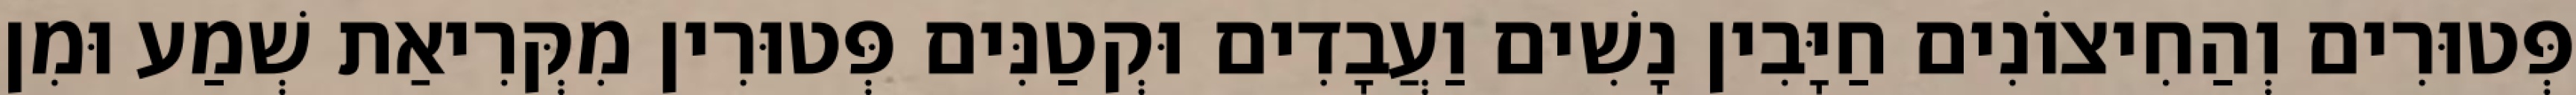
פְּטוּרִים וְהַחִיצוֹנִים חַיָּבִין נָשִׁים וַעֲבָדִים וּקְטַנִּים פְּטוּרִין מִקְּרִיאַת שְׁמַע וּמִן